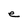
Character: e